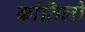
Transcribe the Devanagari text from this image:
कांतिलो